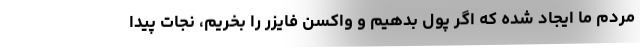
مردم ما ایجاد شده که اگر پول بدهیم و واکسن فایزر را بخریم، نجات پیدا